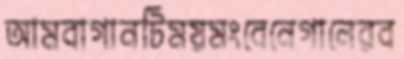
আমবাগানটিময়মংবেনেগালেরব